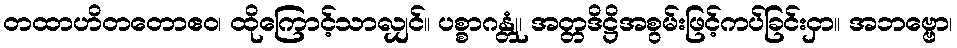
တထာဟိတတောဧဝ၊ ထိုကြောင့်သာလျှင်။ ပစ္စာဂန္တုံ၊ အတ္တဒိဋ္ဌိအစွမ်းဖြင့်ကပ်ခြင်းငှာ။ အဘဗ္ဗော၊